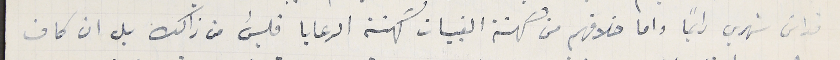
قداس شهري دايماً واما خلافهم من كهنة القبيات كهنة الرعايا فليسَ من ذالك بل ان كان